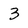
Character: 3